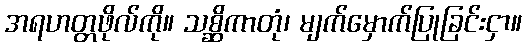
အရဟတ္တဖိုလ်ကို။ သစ္ဆိကာတုံ၊ မျက်မှောက်ပြုခြင်းငှာ။